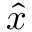
\hat { x }